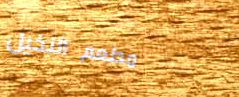
مطعم النخيل